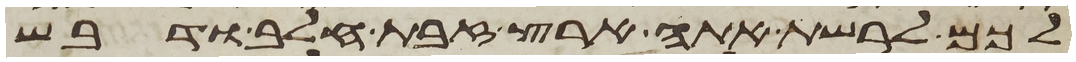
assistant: לכם לרשת אתה ארץ זבת חלב ודבש